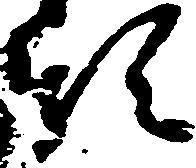
領